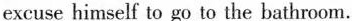
excuse himself to go to the bathroom.